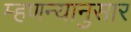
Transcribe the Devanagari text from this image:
म्हणन्यानुसार